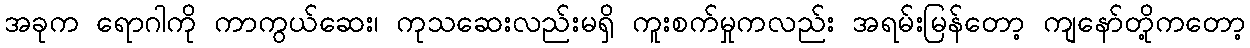
အခုက ရောဂါကို ကာကွယ်ဆေး၊ ကုသဆေးလည်းမရှိ ကူးစက်မှုကလည်း အရမ်းမြန်တော့ ကျနော်တို့ကတော့